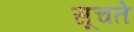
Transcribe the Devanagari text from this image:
सूचते